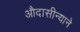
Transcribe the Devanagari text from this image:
औदासीन्याने